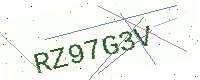
Text: RZ97G3V